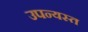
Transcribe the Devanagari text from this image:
उपन्यस्त